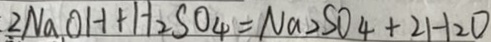
2 N a O H + H _ { 2 } S O _ { 4 } = N a _ { 2 } S O _ { 4 } + 2 H _ { 2 } O